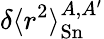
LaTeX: \delta\langle r^{2}\rangle_{\mathrm{Sn}}^{A,A^{\prime}}